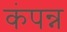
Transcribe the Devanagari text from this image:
कंपन्न